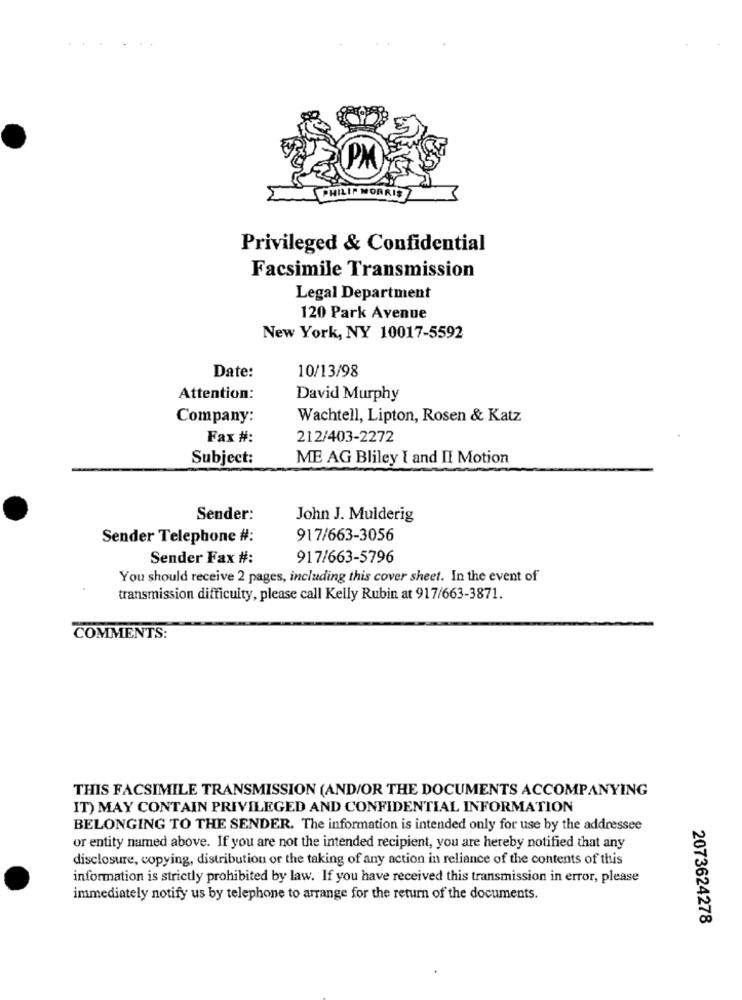
.. ..
PHILIP MORRIS
Privileged & Confidential
Facsimile Transmission
Legal Department
120 Park Avenue
New York, NY 10017-5592
Date:
10/13/98
Attention:
David Murphy
Company:
Wachtell, Lipton, Rosen & Katz
Fax #:
212/403-2272
Subject:
ME AG Bliley I and II Motion
Sender:
John J. Mulderig
Sender Telephone #:
917/663-3056
Sender Fax #:
917/663-5796
You should receive 2 pages, including this cover sheet. In the event of
transmission difficulty, please call Kelly Rubin at 917/663-3871.
COMMENTS:
THIS FACSIMILE TRANSMISSION (AND/OR THE DOCUMENTS ACCOMPANYING
IT) MAY CONTAIN PRIVILEGED AND CONFIDENTIAL INFORMATION
BELONGING TO THE SENDER. The information is intended only for use by the addressee
or entity named above. If you are not the intended recipient, you are hereby notified that any
disclosure, copying, distribution or the taking of any action in reliance of the contents of this
information is strictly prohibited by law. If you have received this transmission in error, please
immediately notify us by telephone to arrange for the return of the documents.
2073624278